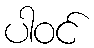
ပါဝင်